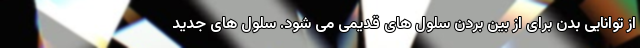
از توانایی بدن برای از بین بردن سلول های قدیمی می شود. سلول های جدید